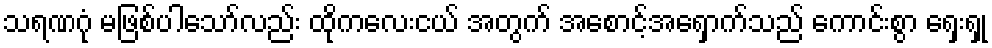
သရဏဂုံ မဖြစ်ပါသော်လည်း ထိုကလေးငယ် အတွက် အစောင့်အရှောက်သည် ကောင်းစွာ ရှေးရှု